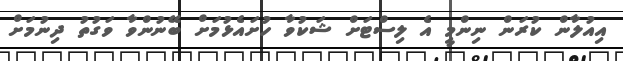
އިއުލާން ކުރަން ނިންމީ އެ ލިސްޓަށް ޝަކުވާ ހުށައެޅުމަށް ބޭނުންވާ ވަގުތުު ދިނުމަށް